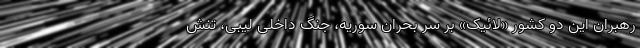
رهبران این دو کشور «لائیک» بر سر بحران سوریه، جنگ داخلی لیبی، تنش